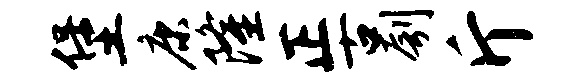
堡康隆正古刳斤